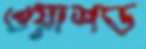
ওয়াশড